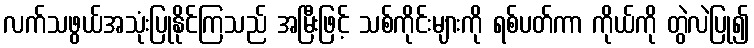
လက်သဖွယ်အသုံးပြုနိုင်ကြသည် အမြီးဖြင့် သစ်ကိုင်းများကို ရစ်ပတ်ကာ ကိုယ်ကို တွဲလဲပြု၍